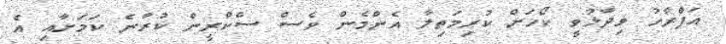
އަފްރާހު ވިދާޅުވީ ކޯހަށް ކުރިމަތިލާ އެންމެން ވެސް ސްކްރީން ކުރާނެ ކަމަށާއި އެ